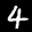
Label: 4